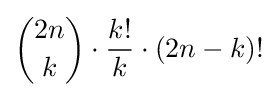
{{2n} \choose k}\cdot {\frac {k!}{k}}\cdot (2n-k)!